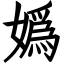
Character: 嬀